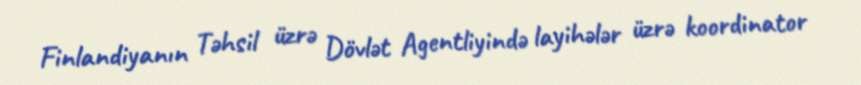
Finlandiyanın Təhsil üzrə Dövlət Agentliyində layihələr üzrə koordinator